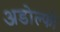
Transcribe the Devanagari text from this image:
अडोल्फो